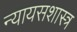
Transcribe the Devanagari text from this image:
न्यायसशास्त्र